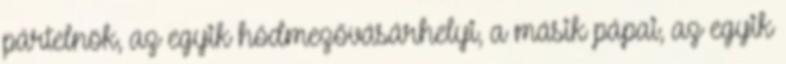
pártelnök, az egyik hódmezővásárhelyi, a másik pápai, az egyik